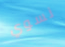
نسوي